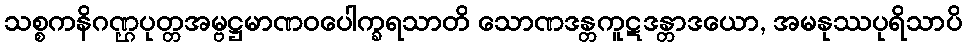
သစ္စကနိဂဏ္ဌပုတ္တအမ္ဗဋ္ဌမာဏဝပေါက္ခရသာတိ သောဏဒန္တကူဋဒန္တာဒယော, အမနုဿပုရိသာပိ